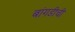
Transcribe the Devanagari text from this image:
बांगडीची